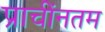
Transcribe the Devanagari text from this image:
प्राचींनतम